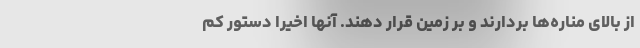
از بالای مناره‌ها بردارند و بر زمین قرار دهند. آنها اخیرا دستور کم